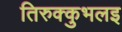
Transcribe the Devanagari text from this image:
तिरुक्कुभलइ